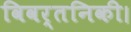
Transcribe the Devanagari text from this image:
विवर्तनिकी।